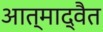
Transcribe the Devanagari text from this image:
आत्माद्वैत